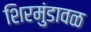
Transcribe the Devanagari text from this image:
शिरमुंडावळ